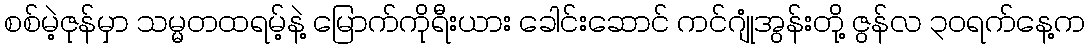
စစ်မဲ့ဇုန်မှာ သမ္မတထရမ့်နဲ့ မြောက်ကိုရီးယား ခေါင်းဆောင် ကင်ဂျုံအွန်းတို့ ဇွန်လ ၃ဝရက်နေ့က